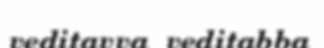
veditavva  veditabba